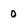
Character: 0